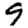
Digit: 9